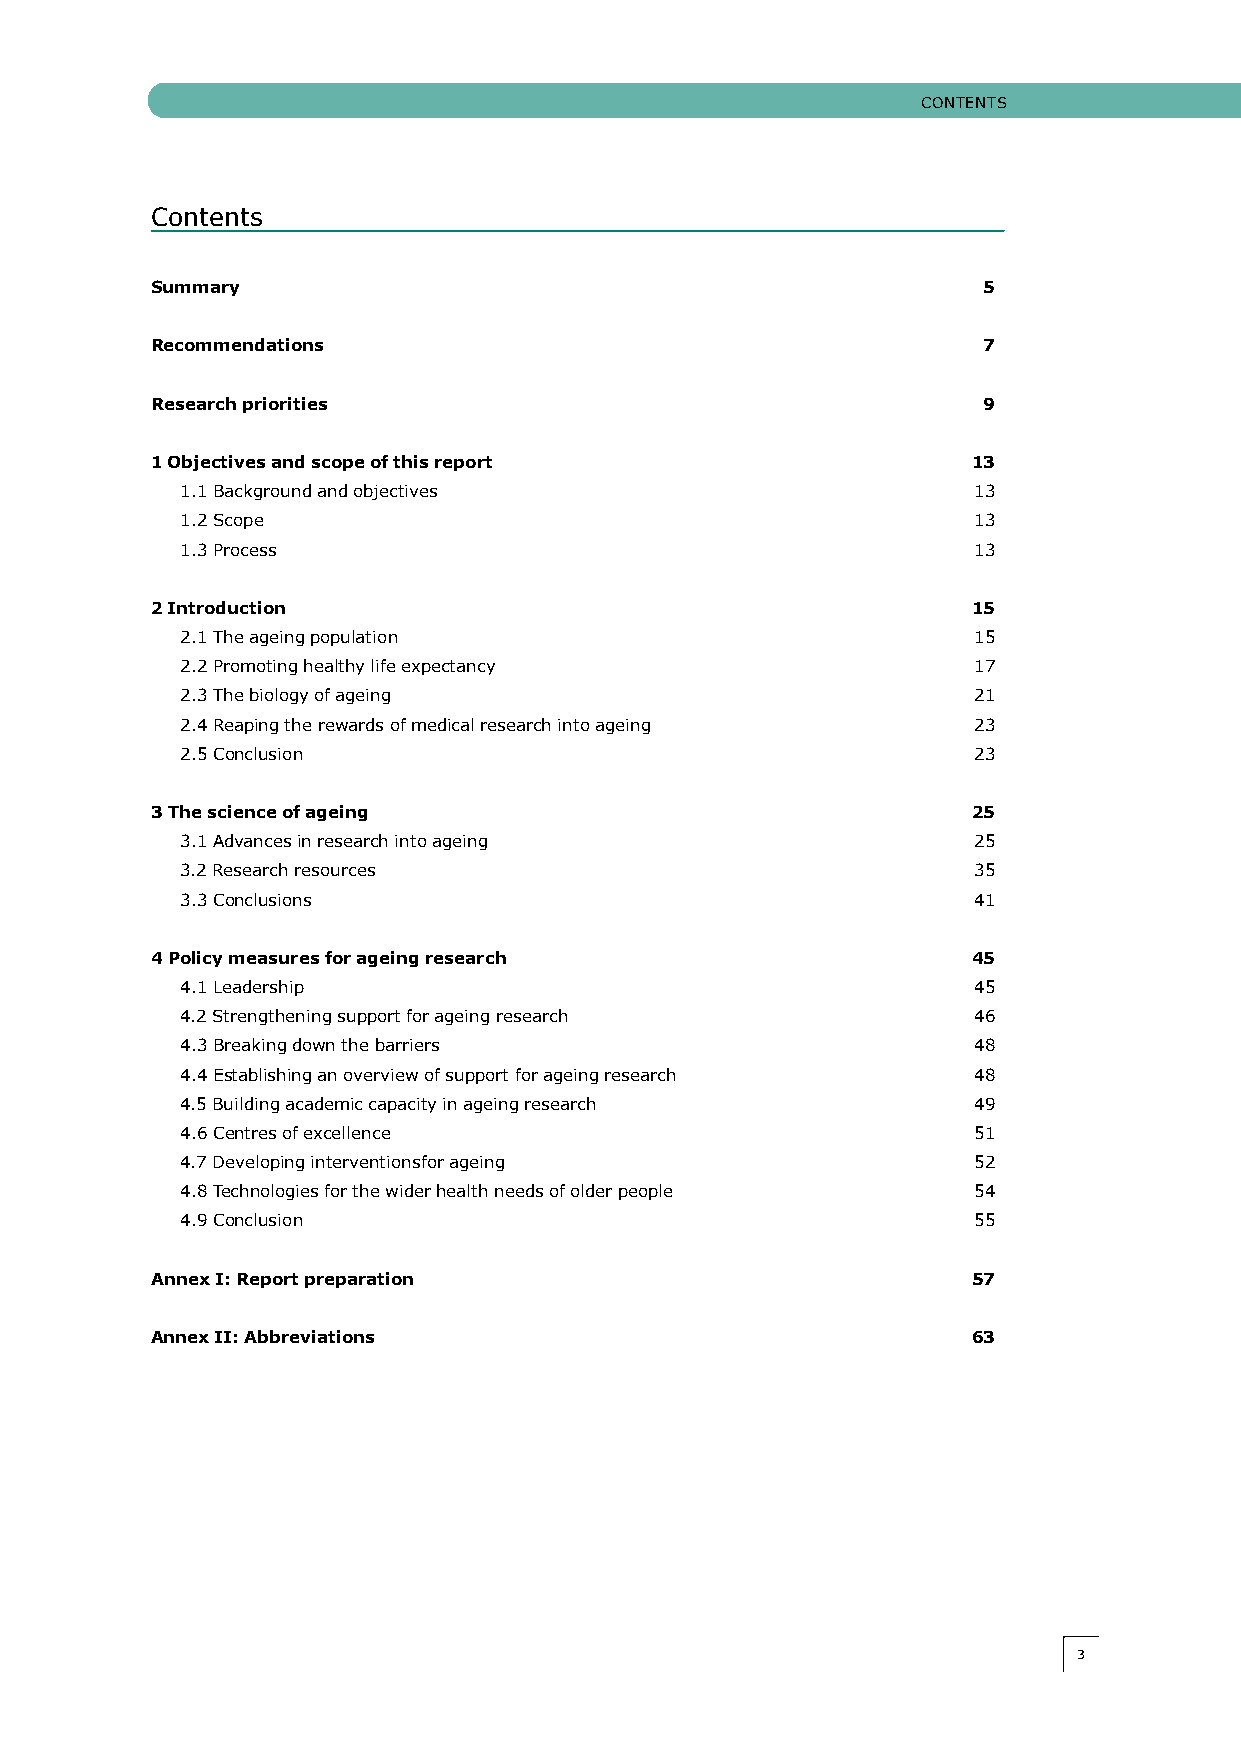
cONTeNTS
 contents
 Summary                                                5
 Recommendations                                        7
 Research priorities                                    9
 1 Objectives and scope of this report                 13
 1.1 Background and objectives                       13
 1.2 Scope                                           13
 1.3 Process                                         13
 2 Introduction                                        15
 2.1 The ageing population                           15
 2.2 Promoting healthy life expectancy               17
 2.3 The biology of ageing                           21
 2.4 Reaping the rewards of medical research into ageing 23
 2.5 conclusion                                      23
 3 The science of ageing                               25
 3.1 Advances in research into ageing                25
 3.2 Research resources                              35
 3.3 conclusions                                     41
 4 Policy measures for ageing research                 45
 4.1 Leadership                                      45
 4.2 Strengthening support for ageing research       46
 4.3 Breaking down the barriers                      48
 4.4 establishing an overview of support for ageing research 48
 4.5 Building academic capacity in ageing research   49
 4.6 centres of excellence                           51
 4.7 Developing interventionsfor ageing              52
 4.8 Technologies for the wider health needs of older people 54
 4.9 conclusion                                      55
 Annex I: Report preparation                           57
 Annex II: Abbreviations                               63
 33